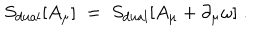
S _ { \mathrm { d u a l } } [ A _ { \mu } ] \; = \; S _ { \mathrm { d u a l } } [ A _ { \mu } + \partial _ { \mu } \omega ] \; .